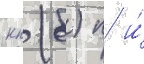
кп (б) п и́